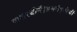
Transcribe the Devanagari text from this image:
दाशरथीनें।समर्थकृपेचीं